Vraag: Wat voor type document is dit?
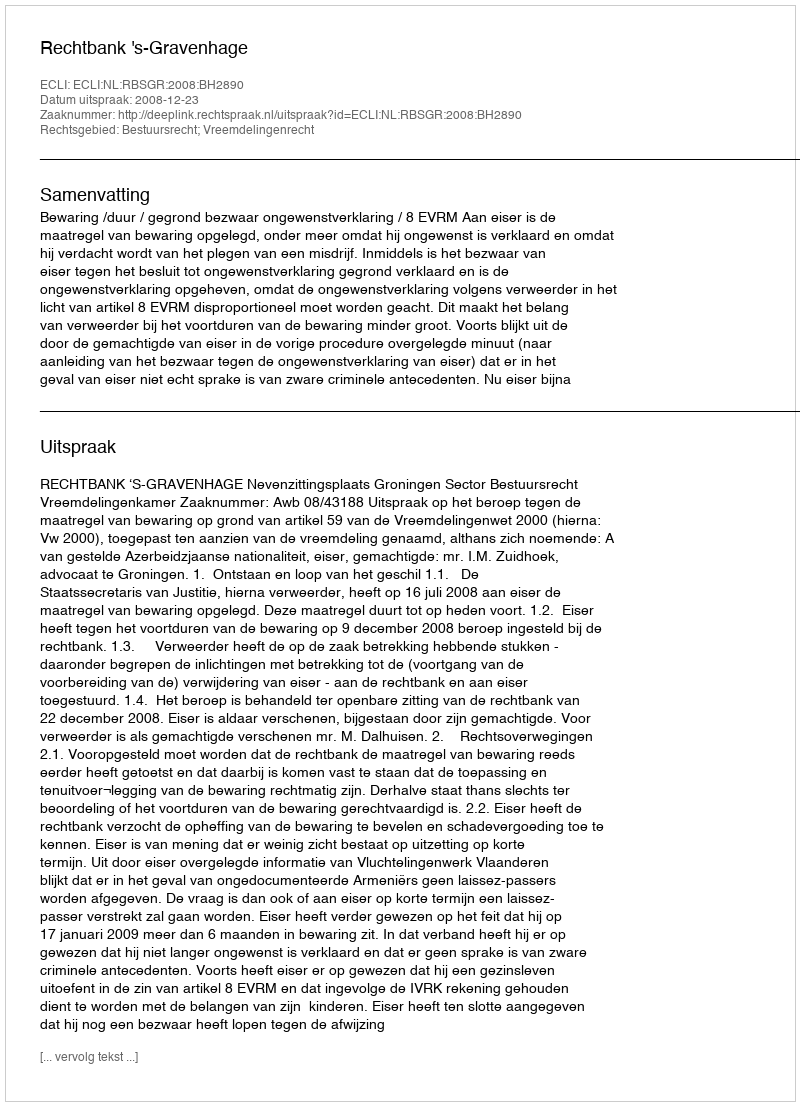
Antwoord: Uitspraak